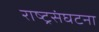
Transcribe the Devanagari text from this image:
राष्ट्रसंघटना